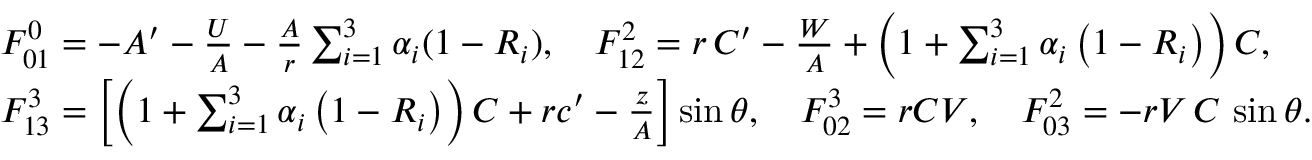
\begin{array} { r l } & { F _ { 0 1 } ^ { 0 } = - A ^ { \prime } - \frac { U } { A } - \frac { A } { r } \sum _ { i = 1 } ^ { 3 } \alpha _ { i } ( 1 - R _ { i } ) , \quad F _ { 1 2 } ^ { 2 } = r \, C ^ { \prime } - \frac { W } { A } + \left( 1 + \sum _ { i = 1 } ^ { 3 } \alpha _ { i } \left( 1 - R _ { i } \right) \right) C , } \\ & { F _ { 1 3 } ^ { 3 } = \left[ \left( 1 + \sum _ { i = 1 } ^ { 3 } \alpha _ { i } \left( 1 - R _ { i } \right) \right) C + r c ^ { \prime } - \frac { z } { A } \right] \sin \theta , \quad F _ { 0 2 } ^ { 3 } = r C V , \quad F _ { 0 3 } ^ { 2 } = - r V \, C \, \sin \theta . } \end{array}